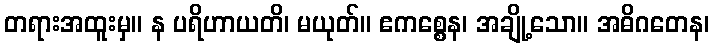
တရားအထူးမှ။ န ပရိဟာယတိ၊ မယုတ်။ ဧကစ္စေန၊ အချို့သော။ အဓိဂတေန၊